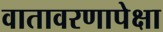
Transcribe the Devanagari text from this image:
वातावरणापेक्षा